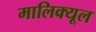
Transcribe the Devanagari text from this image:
मालिक्यूल